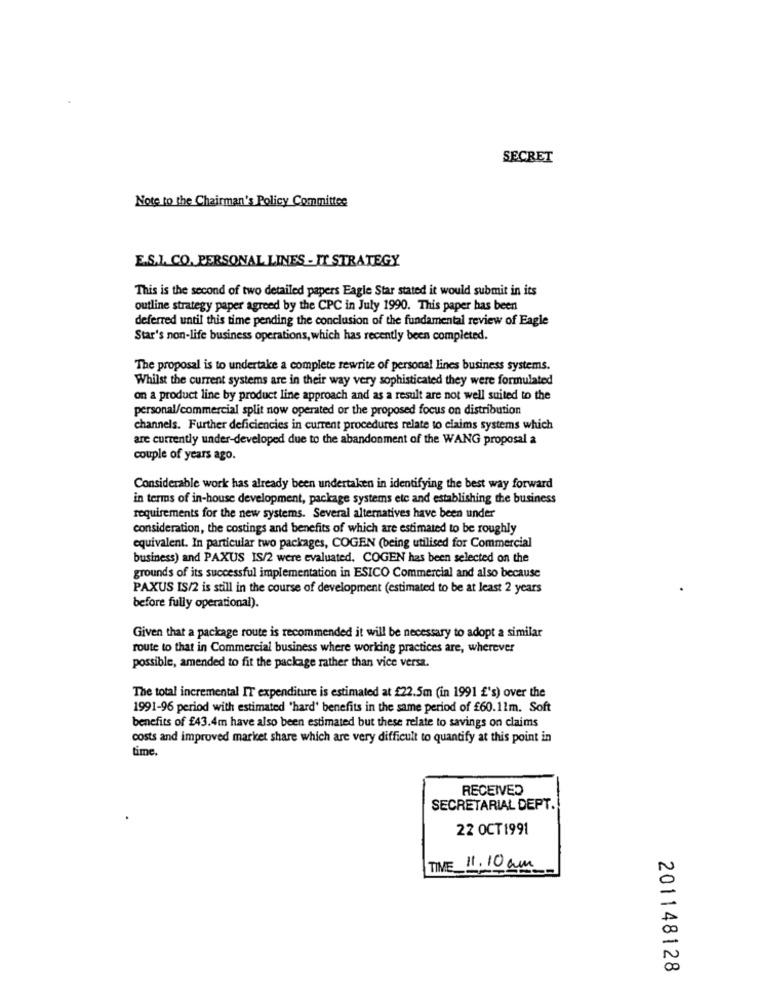
SECRET
Note to the Chairman's Policy Committee
E.S.I. CO. PERSONAL LINES - IT STRATEGY
This is the second of two detailed papers Eagle Star stated it would submit in its
outline strategy paper agreed by the CPC in July 1990. This paper has been
deferred until this time pending the conclusion of the fundamental review of Eagle
Star's non-life business operations, which has recently been completed.
The proposal is to undertake a complete rewrite of personal lines business systems.
Whilst the current systems are in their way very sophisticated they were formulated
on a product line by product line approach and as a result are not well suited to the
personal/commercial split now operated or the proposed focus on distribution
channels. Further deficiencies in current procedures relate to claims systems which
are currently under-developed due to the abandonment of the WANG proposal a
couple of years ago.
Considerable work has already been undertaken in identifying the best way forward
in terms of in-house development, package systems etc and establishing the business
requirements for the new systems. Several alternatives have been under
consideration, the costings and benefits of which are estimated to be roughly
equivalent. In particular two packages, COGEN (being utilised for Commercial
business) and PAXUS IS/2 were evaluated. COGEN has been selected on the
grounds of its successful implementation in ESICO Commercial and also because
PAXUS IS/2 is still in the course of development (estimated to be at least 2 years
before fully operational).
Given that a package route is recommended it will be necessary to adopt a similar
route to that in Commercial business where working practices are, wherever
possible, amended to fit the package rather than vice versa.
The total incremental IT expenditure is estimated at £22.5m (in 1991 £'s) over the
1991-96 period with estimated 'hard' benefits in the same period of £60.11m. Soft
benefits of £43.4m have also been estimated but these relate to savings on claims
costs and improved market share which are very difficult to quantify at this point in
time.
RECEIVED
SECRETARIAL DEPT.
22 OCT1991
TIME 11.10 am
N
00
201148128